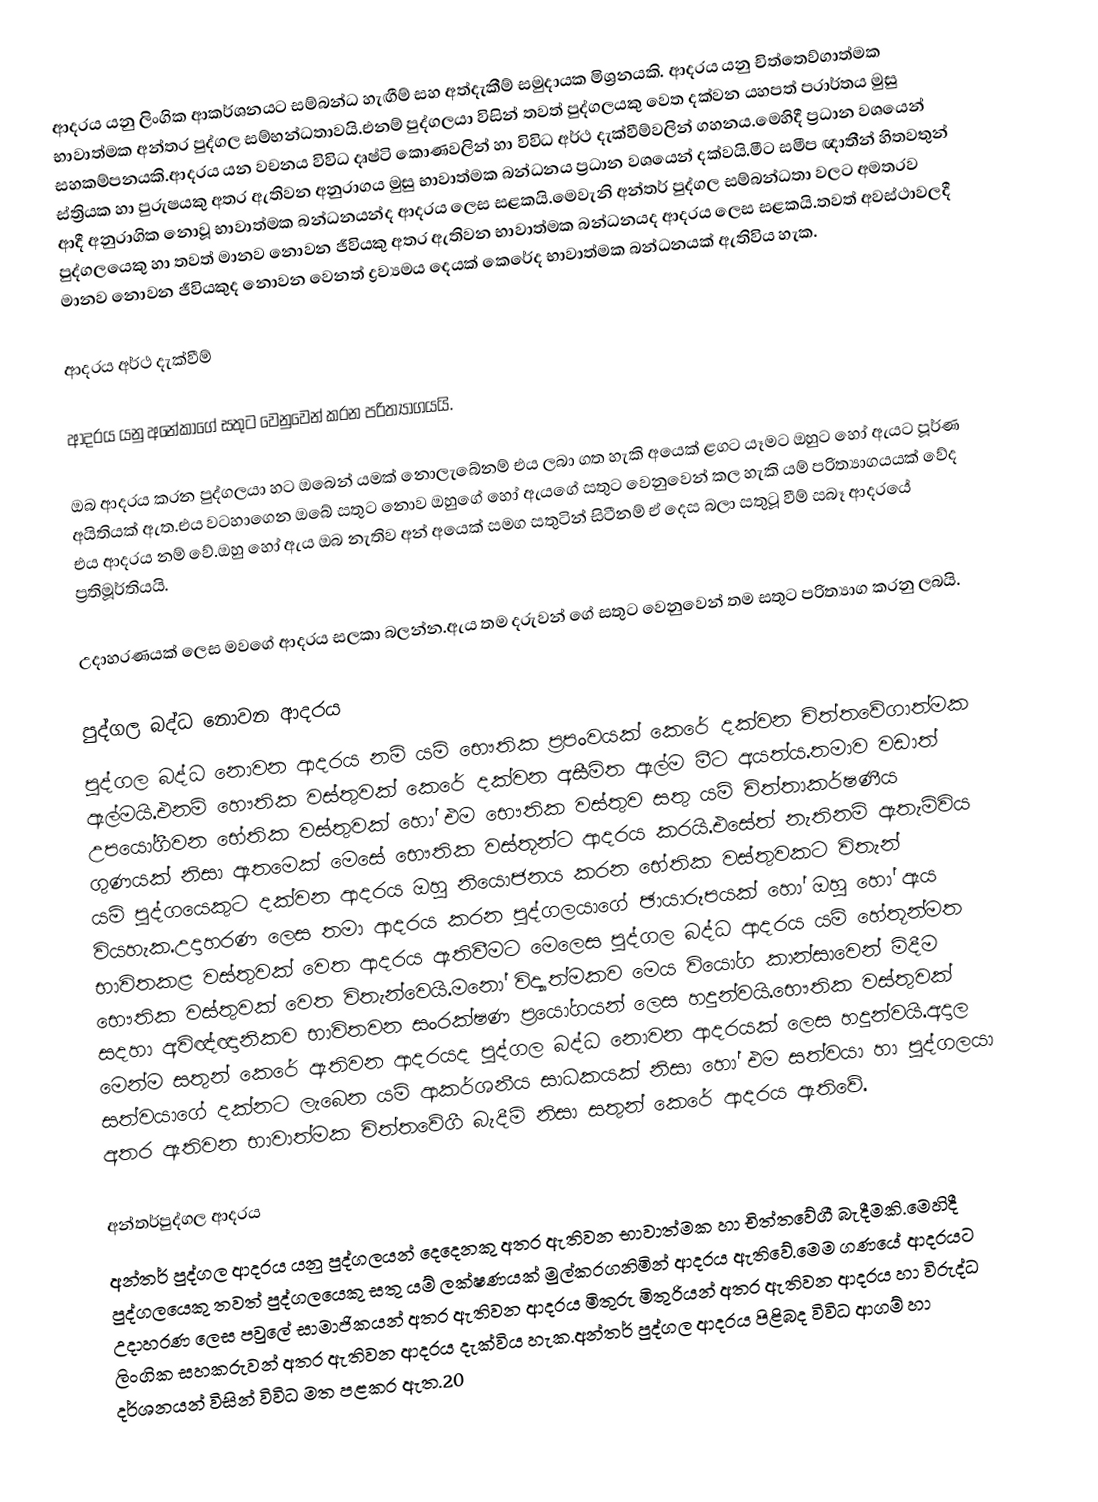
ආදරය  යනු ලිංගික ආකර්ශනයට සම්බන්ධ  හැඟීම් සහ අත්දැකීම් සමුදායක මිශ්‍රනයකි. ආදරය යනු චිත්තෙව්ගාත්මක භාවාත්මක අන්තර පුද්ගල සම්භන්ධතාවයි.එනම් පුද්ගලයා  විසින් තවත් පුද්ගලයකු වෙත දක්වන යහපත් පරාර්තය මුසු සහකම්පනයකි.ආදරය යන වචනය විවිධ දෘෂ්ටි කොණවලින් හා විවිධ අර්ථ දැක්වීම්වලින් ගහනය.මෙහිදී ප්‍රධාන වශයෙන් ස්ත්‍රියක හා පුරුෂයකු අතර ඇතිවන අනුරාගය මුසු භාවාත්මක බන්ධනය ප්‍රධාන වශයෙන් දක්වයි.මීට සමීප ඥාතීන් හිතවතුන් ආදී අනුරාගික නොවූ භාවාත්මක බන්ධනයන්ද ආදරය ලෙස සළකයි.මෙවැනි අන්තර් පුද්ගල සම්බන්ධතා වලට අමතරව පුද්ගලයෙකු හා තවත් මානව නොවන ජීවියකු අතර ඇතිවන භාවාත්මක බන්ධනයද ආදරය ලෙස සළකයි.තවත් අවස්ථාවලදී මානව නොවන ජීවියකුද නොවන වෙනත් ද්‍රව්‍යමය දෙයක් කෙරේද භාවාත්මක බන්ධනයක් ඇතිවිය හැක.

ආදරය අර්ථ දැක්වීම්

ආදරය යනු අනේකාගේ සතුට වෙනුවෙන් කරන පරිත්‍යාගයයි.

ඔබ ආදරය කරන පුද්ගලයා හට ඔබෙන් යමක් නොලැබේනම් එය ලබා ගත හැකි අයෙක් ළගට යෑමට ඔහුට හෝ ඇයට පූර්ණ අයිතියක් ඇත.එය වටහාගෙන ඔබේ සතුට නොව ඔහුගේ හෝ ඇයගේ සතුට වෙනුවෙන් කල හැකි යම් පරිත්‍යාගයයක් වේද එය ආදරය නම් වේ.ඔහු හෝ ඇය ඔබ නැතිව අන් අයෙක් සමග සතුටින් සිටීනම් ඒ දෙස බලා සතුටූ වීම් සබෑ ආදරයේ ප්‍රතිමූර්තියයි.

උදාහරණයක් ලෙස මවගේ ආදරය සලකා බලන්න.ඇය තම දරුවන් ගේ සතුට වෙනුවෙන් තම සතුට පරිත්‍යාග කරනු ලබයි.

පුද්ගල බද්ධ නොවන ආදරය
පුද්ගල බද්ධ නොවන ආදරය නම් යම් භෞතික ප්‍රපංවයක් කෙරේ දක්වන චිත්තවේගාත්මක ඇල්මයි.එනම් හෞතික වස්තුවක් කෙරේ දක්වන අසීමිත ඇල්ම මීට අයත්ය.තමාව වඩාත් උපයෝගීවන භේතික වස්තුවක් හෝ එම භෞතික වස්තුව සතු යම් චිත්තාකර්ෂණීය ගුණයක් නිසා ඇතමෙක් මෙසේ භෞතික වස්තූන්ට ආදරය කරයි.එසේත් නැතිනම් ඇතැම්විය යම් පුද්ගයෙකුට දක්වන ආදරය ඔහු නියොජනය කරන භේතික වස්තුවකට විතැන් වියහැක.උදාහරණ ලෙස තමා ආදරය කරන පුද්ගලයාගේ ඡායාරූපයක් හෝ ඔහු හෝ ඇය භාවිතකළ වස්තුවක් වෙත ආදරය ඇතිවීමට මෙලෙස පුද්ගල බද්ධ ආදරය යම් හේතූන්මත භෞතික වස්තුවක් වෙත විතැන්වෙයි.මනෝ විද්‍යාත්මකව මෙය වියෝග කාන්සාවෙන් මිදීම සදහා අවිඥ්ඥානිකව භාවිතවන සංරක්ෂණ ප්‍රයෝගයන් ලෙස හදුන්වයි.භෞතික වස්තුවක් මෙන්ම සතුන් කෙරේ ඇතිවන ආදරයද පුද්ගල බද්ධ නොවන ආදරයක් ලෙස හදුන්වයි.අදාල සත්වයාගේ දක්නට ලැබෙන යම් ආකර්ශනීය සාධකයක් නිසා හෝ එම සත්වයා හා පුද්ගලයා අතර ඇතිවන භාවාත්මක චිත්තවේගී බැදීම් නිසා සතුන් කෙරේ ආදරය ඇතිවේ.

අන්තර්පුද්ගල ආදරය
අන්තර් පුද්ගල ආදරය යනු පුද්ගලයන් දෙදෙනකු අතර ඇතිවන භාවාත්මක හා චිත්තවේගී බැදීමකි.මෙහිදී පුද්ගලයෙකු තවත් පුද්ගලයෙකු සතු යම් ලක්ෂණයක් මුල්කරගනිමින් ආදරය ඇතිවේ.මෙම ගණයේ ආදරයට උදාහරණ ලෙස පවුලේ සාමාජිකයන් අතර ඇතිවන ආදරය මිතුරු මිතුරියන් අතර ඇතිවන ආදරය හා විරුද්ධ ලිංගික සහකරුවන් අතර ඇතිවන ආදරය දැක්විය හැක.අන්තර් පුද්ගල ආදරය පිළිබද විවිධ ආගම් හා දර්ශනයන් විසින් විවිධ මත පළකර ඇත.20